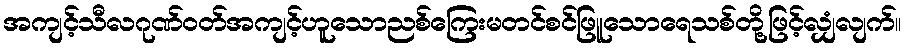
အကျင့်သီလဂုဏ်ဝတ်အကျင့်ဟူသောညစ်ကြေးမတင်စင်ဖြူသောရေသစ်တို့ဖြင့်လျှံလျက်။